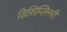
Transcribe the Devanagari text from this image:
डिसिप्लिनरी